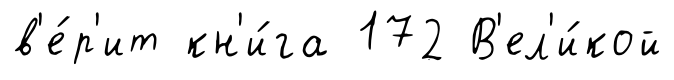
в'е́р'ит кн'и́га 172 В'ел'и́кой